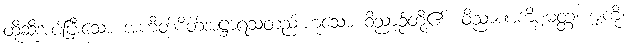
ထိုဆိုအပ်ပြီးသော အဟိတ်စိတ်အဋ္ဌာရသတည်းဟူသော ဝိညာဉ်တို့၏။ ဝိညာဏကိစ္စမတ္တံ၊ မျှကို။